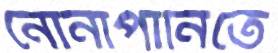
নোনাপানিতে